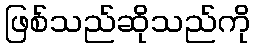
ဖြစ်သည်ဆိုသည်ကို